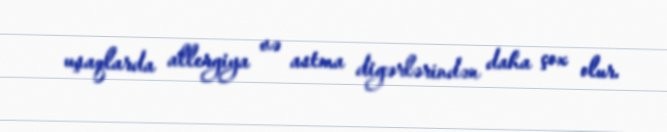
uşaqlarda allergiya və astma digərlərindən daha çox olur.